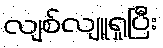
လျစ်လျူရှုပြီး